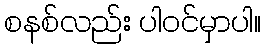
စနစ်လည်း ပါဝင်မှာပါ။